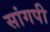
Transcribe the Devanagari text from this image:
सांगपी